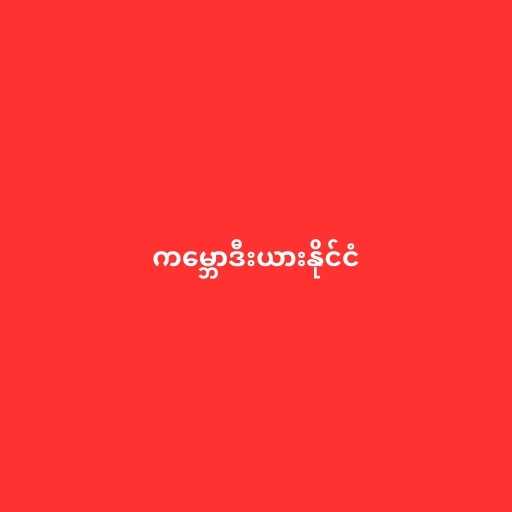
ကမ္ဘောဒီးယားနိုင်ငံ